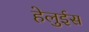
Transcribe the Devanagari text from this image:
हेलुईस